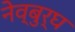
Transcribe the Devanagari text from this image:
नेव्बुर्घ